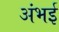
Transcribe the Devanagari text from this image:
अंभई